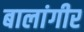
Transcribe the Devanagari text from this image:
बालांगीर